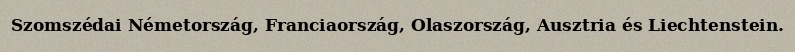
Szomszédai Németország, Franciaország, Olaszország, Ausztria és Liechtenstein.